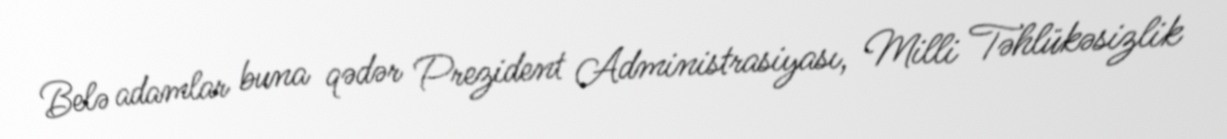
Belə adamlar buna qədər Prezident Administrasiyası, Milli Təhlükəsizlik